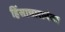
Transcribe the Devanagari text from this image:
हिंसाचारानंतर